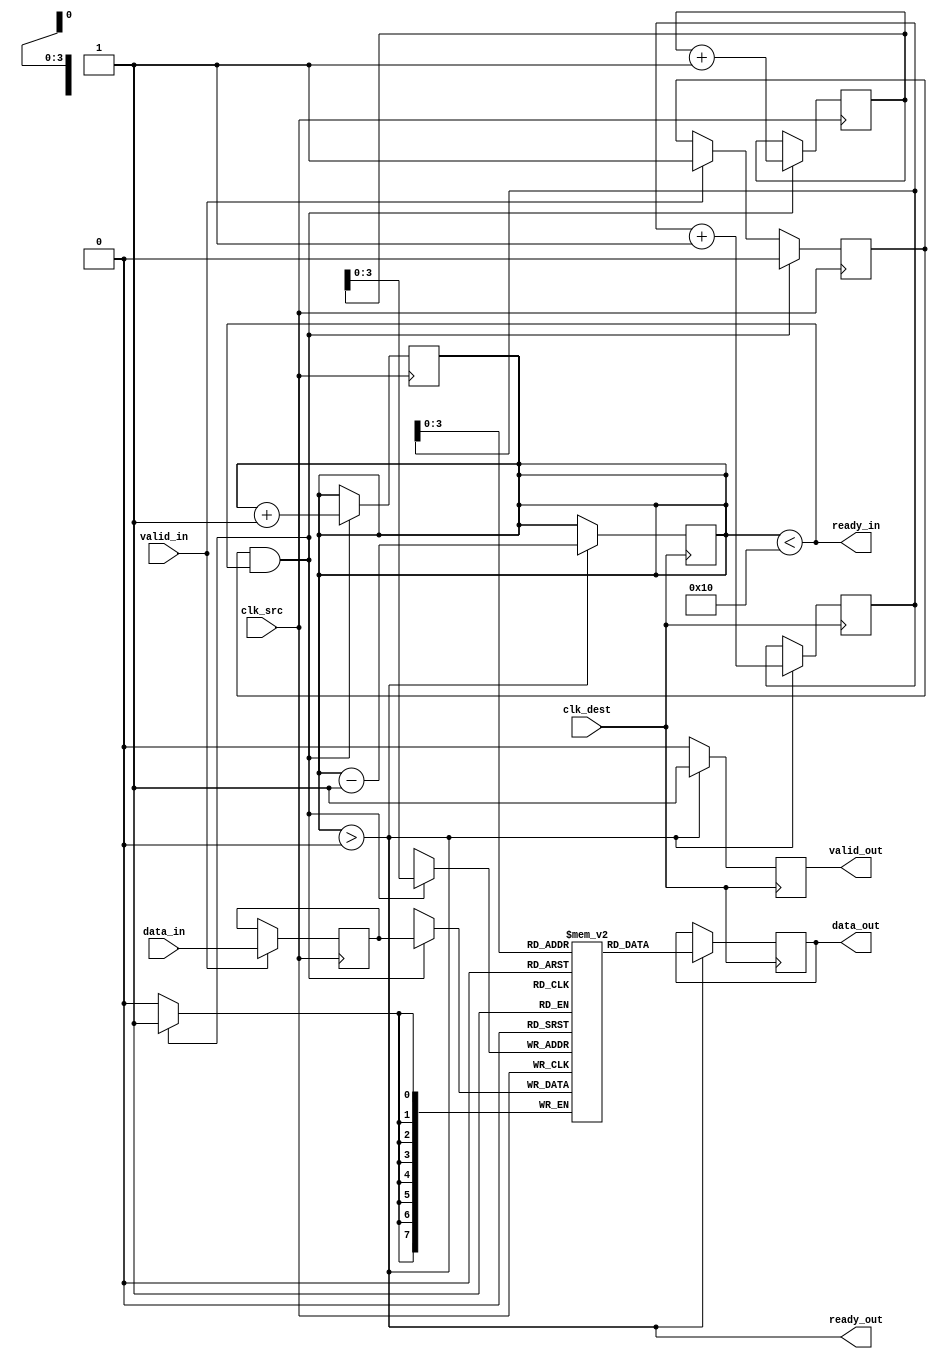
module memory_blocks_pipeline_synchronizer #(
    parameter DATA_WIDTH = 8,
    parameter FIFO_DEPTH = 16
)(
    input wire clk_src,               // Source clock
    input wire clk_dest,              // Destination clock
    input wire [DATA_WIDTH-1:0] data_in, // Data input from source clock domain
    input wire valid_in,              // Valid signal for input data
    output wire [DATA_WIDTH-1:0] data_out, // Synchronized data output
    output wire valid_out,            // Valid signal for output data
    output wire ready_in,             // Ready signal for input data
    output wire ready_out             // Ready signal for output data
);

    // FIFO structure
    reg [DATA_WIDTH-1:0] fifo_mem [0:FIFO_DEPTH-1];
    reg [4:0] write_ptr = 0; // 5 bits for depth of 16
    reg [4:0] read_ptr = 0;
    reg [4:0] fifo_count = 0;

    // Handshaking signals
    reg valid_out_reg = 0;
    reg ready_in_reg = 1;

    // Input Buffer
    reg [DATA_WIDTH-1:0] input_buffer;
    reg valid_buffer = 0;

    // Write logic in source clock domain
    always @(posedge clk_src) begin
        if (valid_in && ready_in_reg) begin
            input_buffer <= data_in;
            valid_buffer <= 1;
        end
        if (valid_buffer && (fifo_count < FIFO_DEPTH)) begin
            fifo_mem[write_ptr] <= input_buffer;
            write_ptr <= write_ptr + 1;
            fifo_count <= fifo_count + 1;
            valid_buffer <= 0;
        end
    end

    // Read logic in destination clock domain
    always @(posedge clk_dest) begin
        if (fifo_count > 0) begin
            data_out <= fifo_mem[read_ptr];
            valid_out_reg <= 1;
            read_ptr <= read_ptr + 1;
            fifo_count <= fifo_count - 1;
        end else begin
            valid_out_reg <= 0;
        end
    end

    // Control logic for handshaking
    assign valid_out = valid_out_reg;
    assign ready_in = (fifo_count < FIFO_DEPTH);
    assign ready_out = (fifo_count > 0);

endmodule